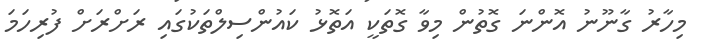
މިހާރު ގާނޫނު އޮންނަ ގޮތުން މިވާ ގޮތަކީ އަތޮޅު ކައުންސިލްތަކުގައި ރަށްރަށް ފުރިހަމަ